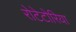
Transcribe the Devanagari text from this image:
रोटेटोरिया